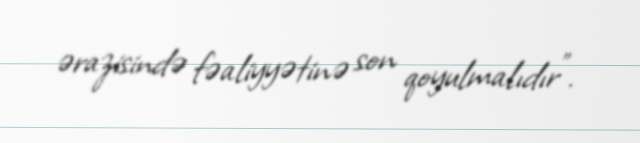
ərazisində fəaliyyətinə son qoyulmalıdır”.